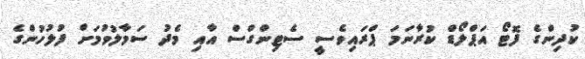
ކުދިންގެ ފޮޓޯ އަޕްލޯޑް ކުރާނަމަ ޕްރައިވެސީ ސެޓިންގްސް އާއި މެދު ސަމާލުވުމަށް ފުލުހުންގެ